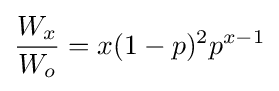
{\frac {W_{x}}{W_{o}}}=x(1-p)^{2}p^{x-1}